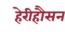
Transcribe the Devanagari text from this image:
हेरीहौसन